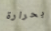
بحرارة